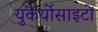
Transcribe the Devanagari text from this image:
युकैर्योसाइटों